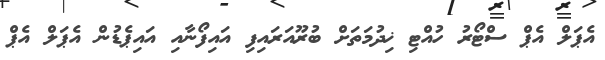
އެޕަލް އެޕް ސްޓޯރު ހުއްޓި ޚިދުމަތަށް ބުރޫއަރައިފި އައިފޯނާއި އައިޕެޑުން އެޕަލް އެޕް